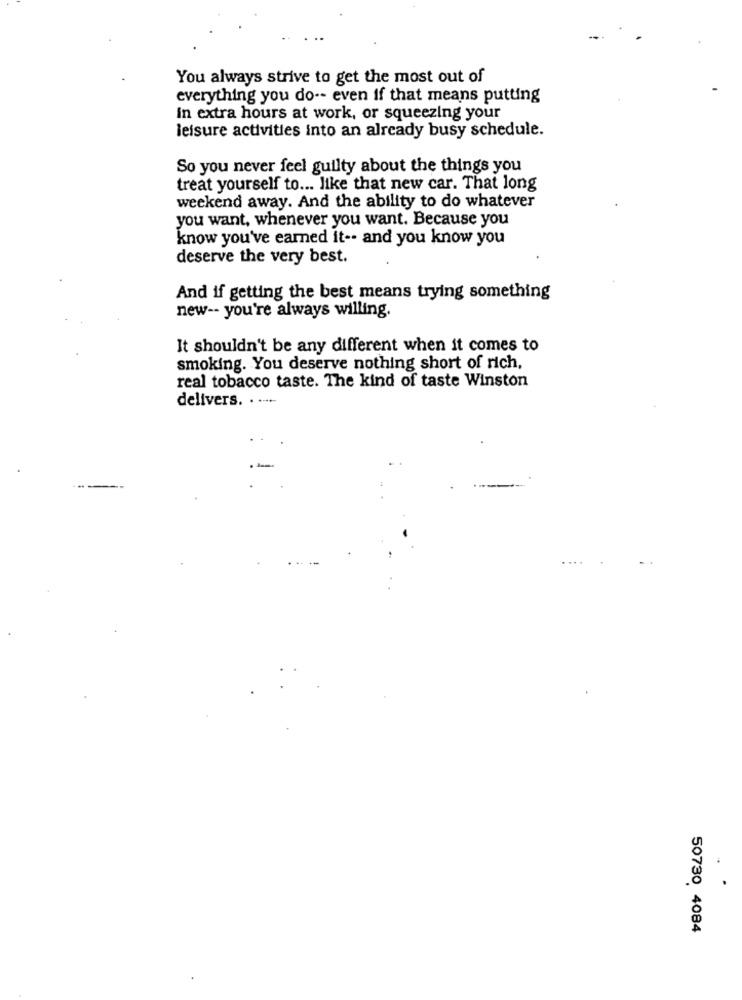
You always strive to get the most out of
everything you do -- even if that means putting
In extra hours at work, or squeezing your
leisure activities into an already busy schedule.
So you never feel guilty about the things you
treat yourself to ... like that new car. That long
weekend away. And the ability to do whatever
you want, whenever you want. Because you
know you've earned it -- and you know you
deserve the very best.
And if getting the best means trying something
new -- you're always willing.
It shouldn't be any different when it comes to
smoking. You deserve nothing short of rich,
real tobacco taste. The kind of taste Winston
delivers. . .- +-
50730 4084